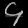
Digit: ၄